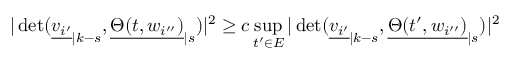
| \operatorname* { d e t } ( { \underline { { v _ { i ^ { \prime } } } } } _ { | k - s } , { \underline { { \Theta ( t , w _ { i ^ { \prime \prime } } ) } } } _ { | s } ) | ^ { 2 } \geq c \operatorname* { s u p } _ { t ^ { \prime } \in E } | \operatorname* { d e t } ( { \underline { { v _ { i ^ { \prime } } } } } _ { | k - s } , { \underline { { \Theta ( t ^ { \prime } , w _ { i ^ { \prime \prime } } ) } } } _ { | s } ) | ^ { 2 }